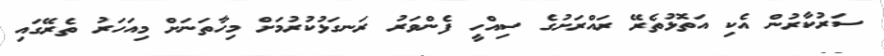
ސަރުކާރުން އެކި އަތޮޅުތެރޭ ރައްރަށުގެ ސިއްހީ ފެންވަރު ރަނގަޅުކުރުމަށް މިހާތަނަށް މިއަހަރު ތެރޭގައި